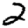
Digit: 2